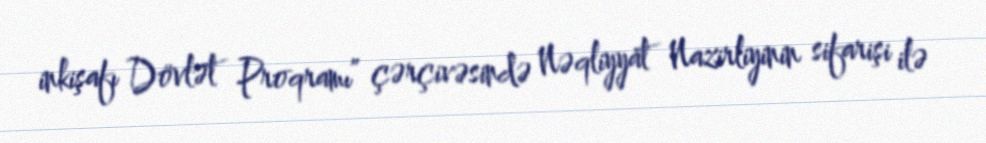
inkişafı Dövlət Proqramı” çərçivəsində Nəqliyyat Nazirliyinin sifarişi ilə